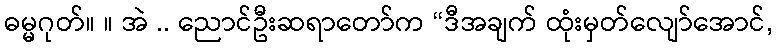
ဓမ္မဂုတ်။ ။ အဲ .. ညောင်ဦးဆရာတော်က “ဒီအချက် ထုံးမှတ်လျော်အောင်,